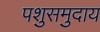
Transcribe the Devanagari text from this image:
पशुसमुदाय